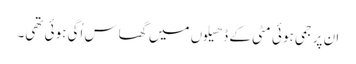
ان پر جمی ہوئی مٹی کے ڈھیلوں میں گھاس اُگی ہوئی تھی۔